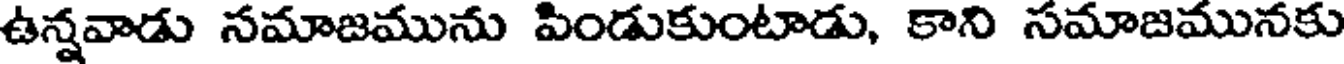
ఉన్నవాడు నమాజమును పిండుకుంటాడు, కాని సమాజమునకు